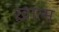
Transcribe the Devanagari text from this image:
ख़ात्म